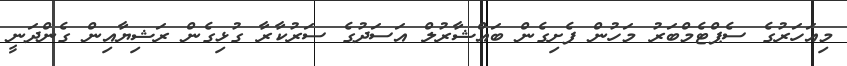
މިއަހަރުގެ ސެޕްޓެމްބަރު މަހުން ފެށިގެން ބައްޝާރުލް އަސަދުގެ ސަރުކާރާ ގުޅިގެން ރަޝިޔާއިން ގެންދަނީ